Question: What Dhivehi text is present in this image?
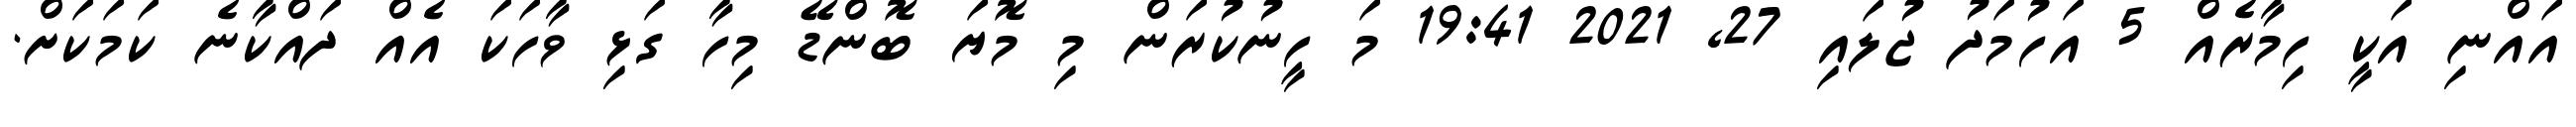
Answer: އައްނި އަކީ ހިމާރެއް 5 އަހުމަދު ޖުލައި 27, 2021 19:41 މަ ހީނުކުރަން މި މޮޔަ ބޮންޑޭ މިހާ ގަޅި ވާހަކަ އެއް ދައްކާނެ ކަމަކަށް.